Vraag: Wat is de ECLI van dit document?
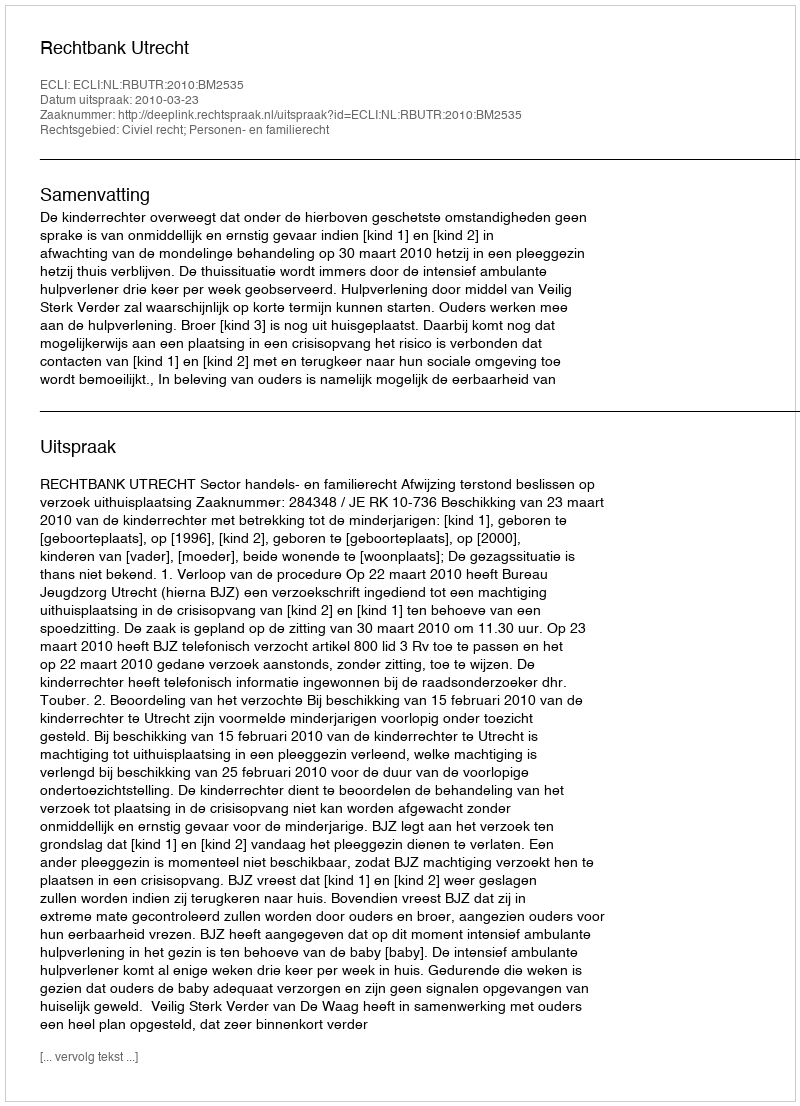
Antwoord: ECLI:NL:RBUTR:2010:BM2535